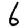
Digit: 6